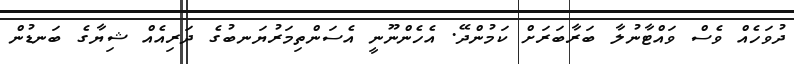
ދުވަހެއް ވެސް ވައްޓާނުލާ ބަރާބަރަށް ކަމުންދޭ. އެހެންނޫނީ އެސަންތިމަރުޔަނބުގެ ދަރިއެއް ޝިޔާގެ ބަނޑުން